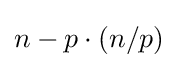
n-p\cdot (n/p)